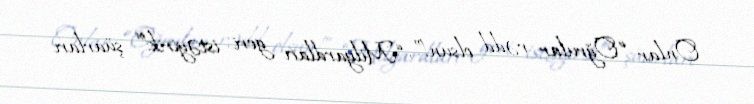
Onlar “Oğrular rədd olsun!”, “Milyardları geri istəyirik!” şüarları